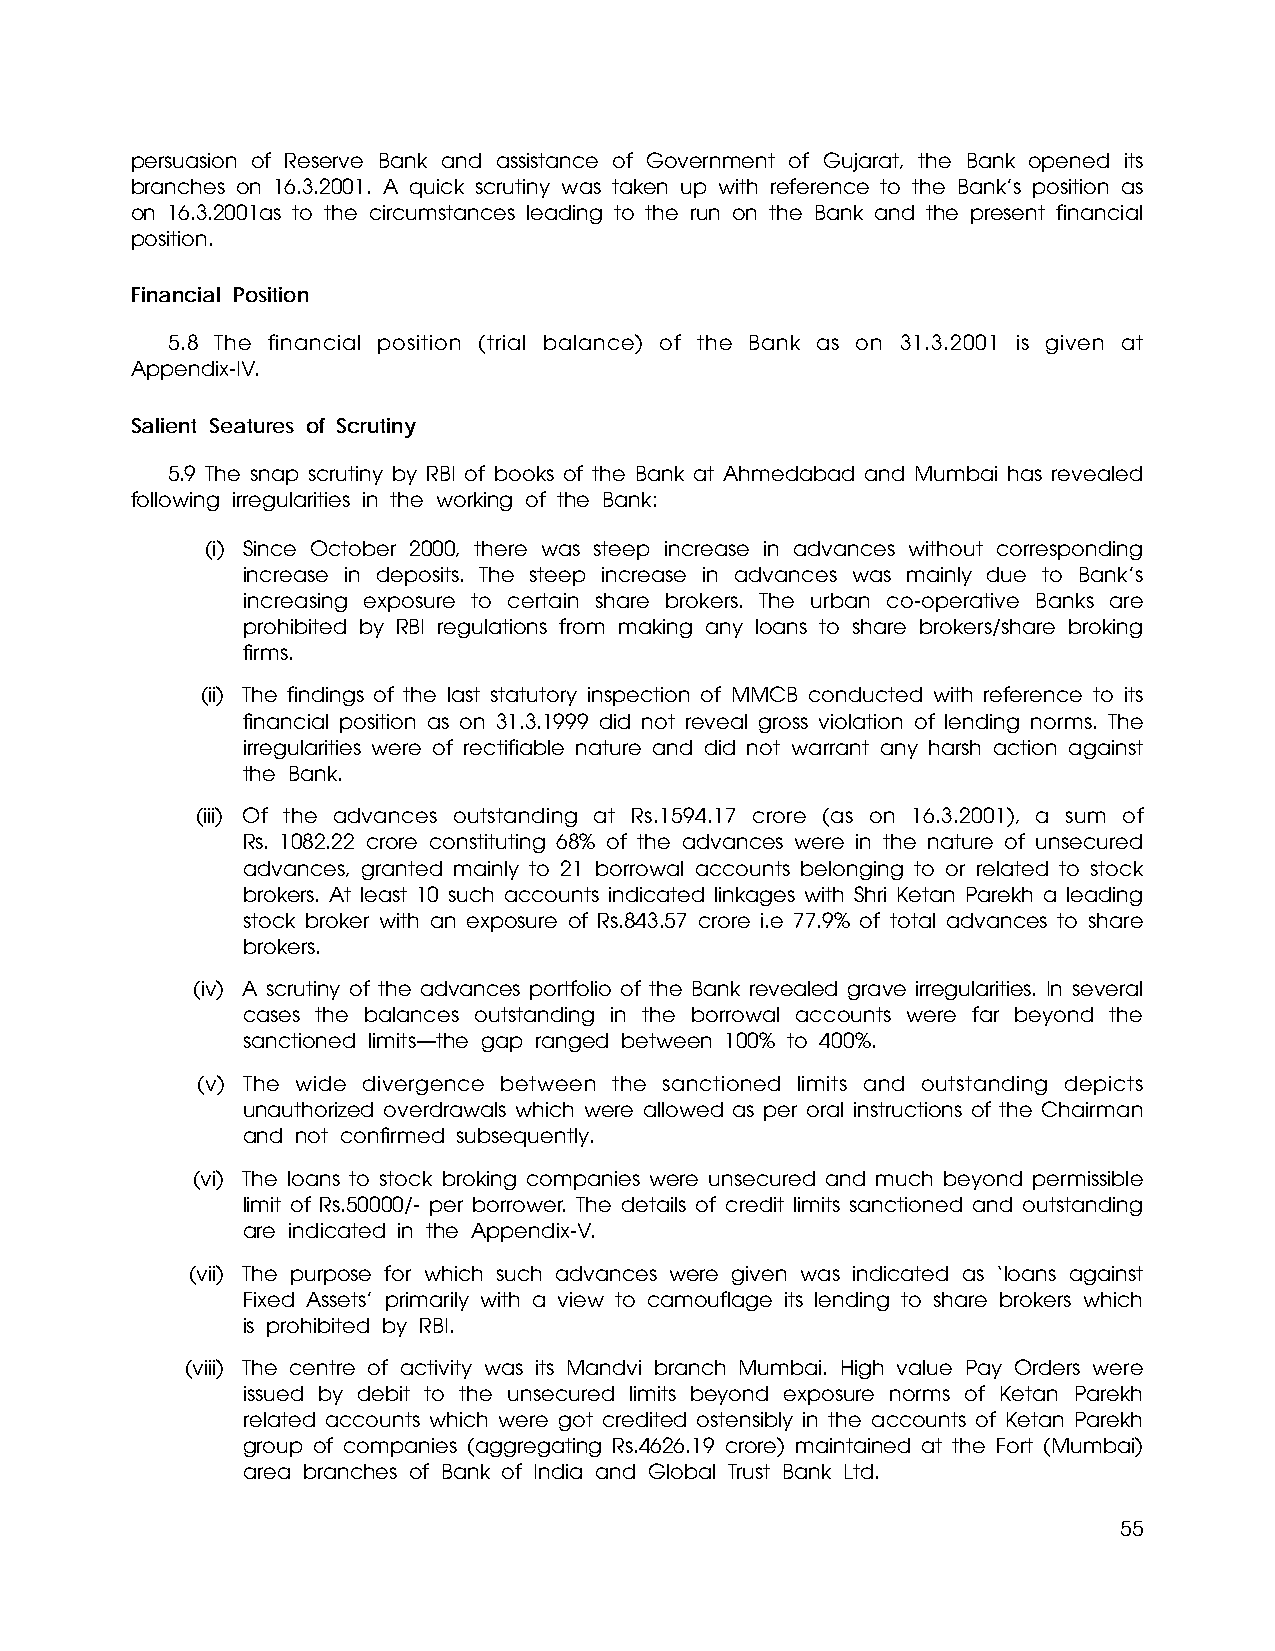
persuasion of Reserve Bank and assistance of Government of Gujarat, the Bank opened its
 branches on 16.3.2001. A quick scrutiny was taken up with reference to the Bank’s position as
 on 16.3.2001as to the circumstances leading to the run on the Bank and the present financial
 position.
 Financial Position
 5.8 The financial position (trial balance) of the Bank as on 31.3.2001 is given at
 Appendix-IV.
 Salient Seatures of Scrutiny
 5.9 The snap scrutiny by RBI of books of the Bank at Ahmedabad and Mumbai has revealed
 following irregularities in the working of the Bank:
 (i) Since October 2000, there was steep increase in advances without corresponding
 increase in deposits. The steep increase in advances was mainly due to Bank’s
 increasing exposure to certain share brokers. The urban co-operative Banks are
 prohibited by RBI regulations from making any loans to share brokers/share broking
 firms.
 (ii) The findings of the last statutory inspection of MMCB conducted with reference to its
 financial position as on 31.3.1999 did not reveal gross violation of lending norms. The
 irregularities were of rectifiable nature and did not warrant any harsh action against
 the Bank.
 (iii) Of the advances outstanding at Rs.1594.17 crore (as on 16.3.2001), a sum of
 Rs. 1082.22 crore constituting 68% of the advances were in the nature of unsecured
 advances, granted mainly to 21 borrowal accounts belonging to or related to stock
 brokers. At least 10 such accounts indicated linkages with Shri Ketan Parekh a leading
 stock broker with an exposure of Rs.843.57 crore i.e 77.9% of total advances to share
 brokers.
 (iv) A scrutiny of the advances portfolio of the Bank revealed grave irregularities. In several
 cases the balances outstanding in the borrowal accounts were far beyond the
 sanctioned limits—the gap ranged between 100% to 400%.
 (v) The wide divergence between the sanctioned limits and outstanding depicts
 unauthorized overdrawals which were allowed as per oral instructions of the Chairman
 and not confirmed subsequently.
 (vi) The loans to stock broking companies were unsecured and much beyond permissible
 limit of Rs.50000/- per borrower. The details of credit limits sanctioned and outstanding
 are indicated in the Appendix-V.
 (vii) The purpose for which such advances were given was indicated as ‘loans against
 Fixed Assets’ primarily with a view to camouflage its lending to share brokers which
 is prohibited by RBI.
 (viii) The centre of activity was its Mandvi branch Mumbai. High value Pay Orders were
 issued by debit to the unsecured limits beyond exposure norms of Ketan Parekh
 related accounts which were got credited ostensibly in the accounts of Ketan Parekh
 group of companies (aggregating Rs.4626.19 crore) maintained at the Fort (Mumbai)
 area branches of Bank of India and Global Trust Bank Ltd.
 55